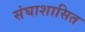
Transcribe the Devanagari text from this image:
संघाशासित